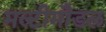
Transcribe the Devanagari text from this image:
मल्टीमौडल